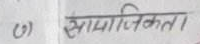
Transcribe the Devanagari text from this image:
(७) सामाजिकता